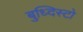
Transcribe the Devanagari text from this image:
बुध्दिस्टो